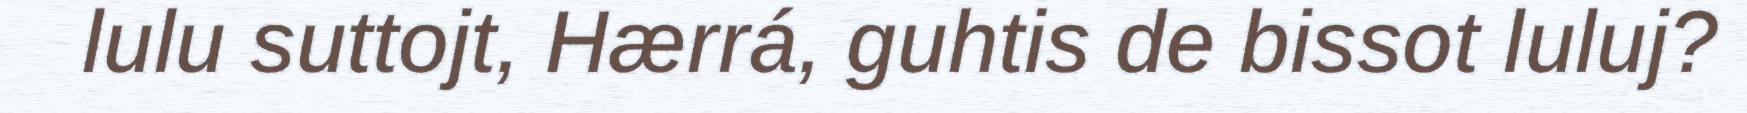
lulu suttojt, Hærrá, guhtis de bissot luluj?